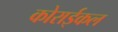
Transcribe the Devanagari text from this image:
कोराईकल